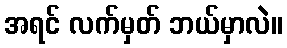
အရင် လက်မှတ် ဘယ်မှာလဲ။